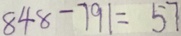
8 4 8 - 7 9 1 = 5 7